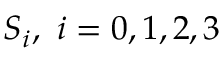
S _ { i } , \, \, i = 0 , 1 , 2 , 3